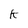
Character: k